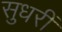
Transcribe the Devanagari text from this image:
सुधरीं